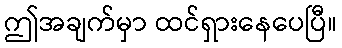
ဤအချက်မှာ ထင်ရှားနေပေပြီ။